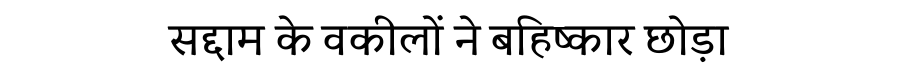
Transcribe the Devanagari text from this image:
सद्दाम के वकीलों ने बहिष्कार छोड़ा